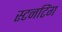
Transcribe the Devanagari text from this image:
स्टनटिंग